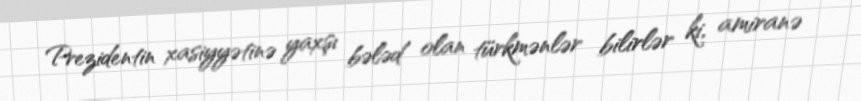
Prezidentin xasiyyətinə yaxşı bələd olan türkmənlər bilirlər ki, amiranə